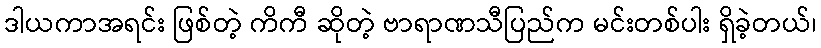
ဒါယကာအရင်း ဖြစ်တဲ့ ကိကီ ဆိုတဲ့ ဗာရာဏသီပြည်က မင်းတစ်ပါး ရှိခဲ့တယ်၊